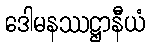
ဒေါမနဿဋ္ဌာနီယံ